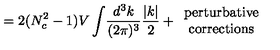
= 2 ( N _ { c } ^ { 2 } - 1 ) V \int \! \frac { d ^ { 3 } k } { ( 2 \pi ) ^ { 3 } } \frac { | k | } { 2 } + \begin{array} { c } { \mathrm { p e r t u r b a t i v e } } \\ { \mathrm { c o r r e c t i o n s } } \\ \end{array}